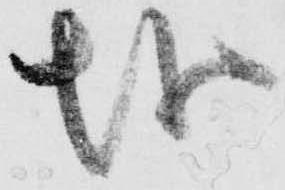
越